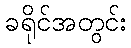
ခရိုင်အတွင်း